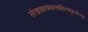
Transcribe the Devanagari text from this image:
लेखकाच्यासाहित्यकृतीच्या